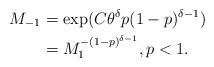
LaTeX: \begin{align*} M_{-1}&=\exp(C\theta^\delta p (1-p)^{\delta-1} ) \\&= M_1^{-(1-p)^{\delta-1}},p<1.\end{align*}